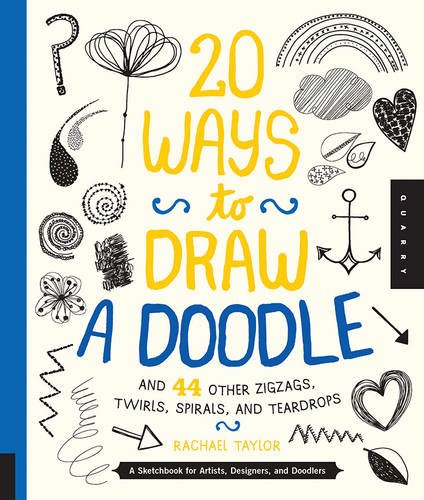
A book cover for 20 Ways to Draw a Doodle and 44 Other Zigzags, Twirls, Spirals, and Teardrops: A Sketchbook for Artists, Designers, and Doodlers; Rachael Taylor; Arts & Photography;